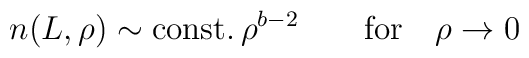
n(L,\rho) \sim \mbox{const.}\, \rho^{b - 2} \qquad \mbox{for} \quad\rho \rightarrow 0